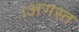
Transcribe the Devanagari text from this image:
।अगस्त